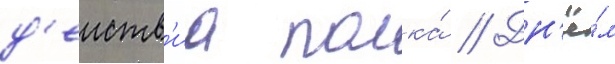
д'еиств'иа полка́ // Дн'ё́м